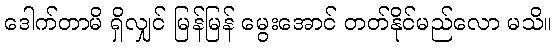
ဒေါက်တာမိ ရှိလျှင် မြန်မြန် မွေးအောင် တတ်နိုင်မည်လော မသိ။